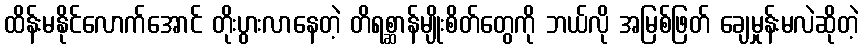
ထိန်းမနိုင်လောက်အောင် တိုးပွားလာနေတဲ့ တိရစ္ဆာန်မျိုးစိတ်တွေကို ဘယ်လို အမြစ်ဖြတ် ချေမှုန်းမလဲဆိုတဲ့